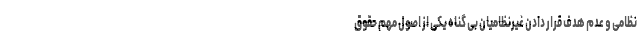
نظامی و عدم هدف قرار دادن غیرنظامیان بی گناه یکی از اصول مهم حقوق